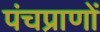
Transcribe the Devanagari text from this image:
पंचप्राणों